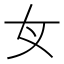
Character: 𡚦